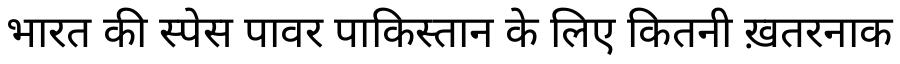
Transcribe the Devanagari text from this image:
भारत की स्पेस पावर पाकिस्तान के लिए कितनी ख़तरनाक